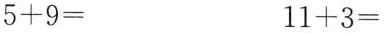
$$5 + 9 =$$$$1 1 + 3 =$$